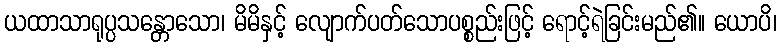
ယထာသာရုပ္ပသန္တောသော၊ မိမိနှင့် လျောက်ပတ်သောပစ္စည်းဖြင့် ရောင့်ရဲခြင်းမည်၏။ ယောပိ၊